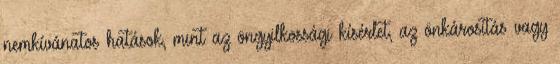
nemkívánatos hatások, mint az öngyilkossági kísérlet, az önkárosítás vagy